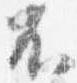
不